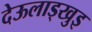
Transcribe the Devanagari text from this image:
देऊलाड्खुइ